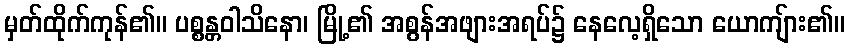
မှတ်ထိုက်ကုန်၏။ ပစ္စန္တဝါသိနော၊ မြို့၏ အစွန်အဖျားအရပ်၌ နေလေ့ရှိသော ယောကျ်ား၏။